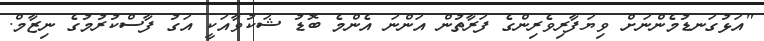
"އަޅުގަނޑުމެންނަށް ވިޔަފާރިވެރިންގެ ފަރާތުން އަންނަ އެންމެ ބޮޑު ޝަކުވާއަކީ އަގު ފާސްކުރުމުގެ ނިޒާމް.